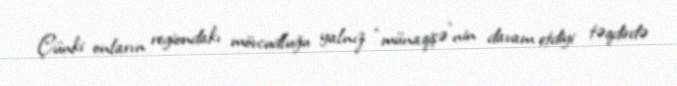
Çünki onların regiondakı mövcudluğu yalnız “münaqişə”nin davam etdiyi təqdirdə